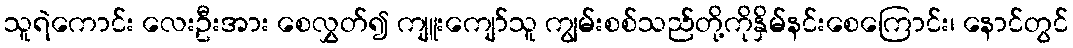
သူရဲကောင်း လေးဦးအား စေလွှတ်၍ ကျူးကျော်သူ ကျွမ်းစစ်သည်တို့ကိုနှိမ်နင်းစေကြောင်း၊ နောင်တွင်